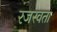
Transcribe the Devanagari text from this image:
रजस्वता